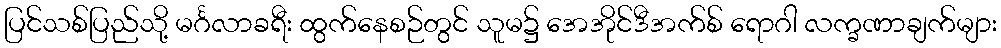
ပြင်သစ်ပြည်သို့ မင်္ဂလာခရီး ထွက်နေစဉ်တွင် သူမ၌ အေအိုင်ဒီအက်စ် ရောဂါ လက္ခဏာချက်များ